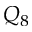
Q _ { 8 }